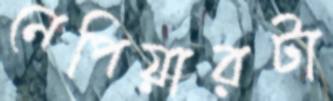
নেপিয়ারটা